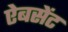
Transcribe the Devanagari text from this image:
ऐबसेंट